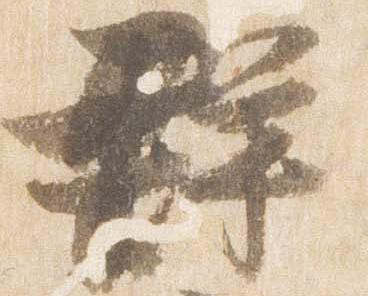
群